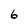
Character: 6